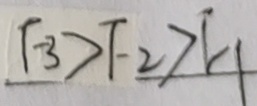
F _ { 3 } > F _ { 2 } > F _ { 1 }